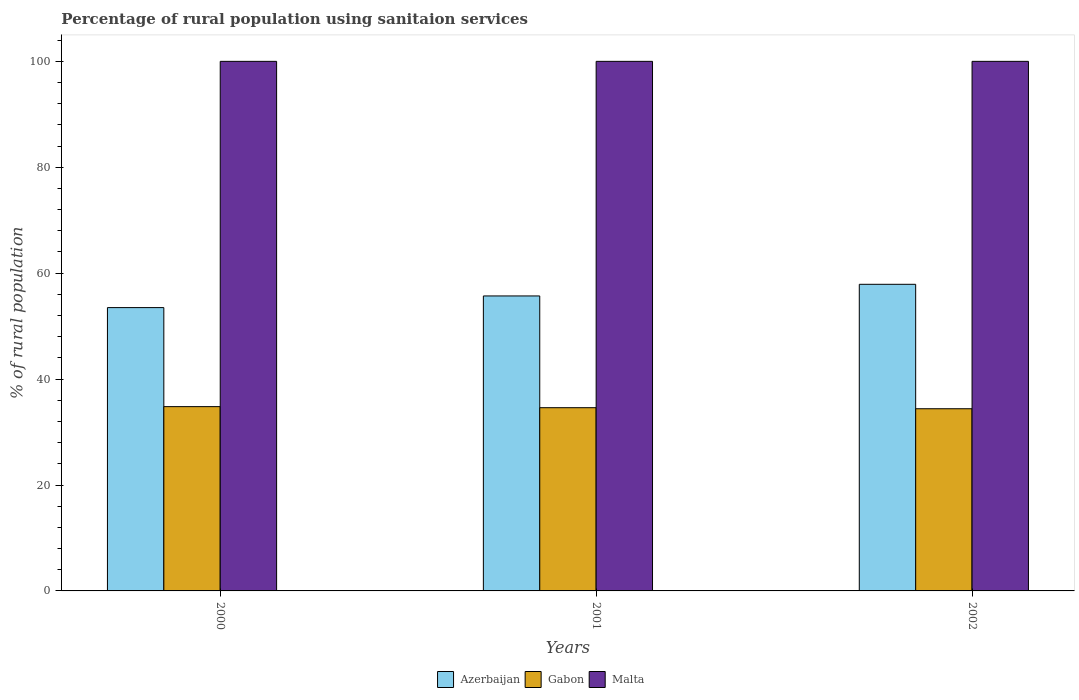
| Years | Azerbaijan | Gabon | Malta |
 | --- | --- | --- | --- |
 | 2000 | 53.5 | 34.8 | 100 |
 | 2001 | 55.7 | 34.6 | 100 |
 | 2002 | 57.9 | 34.4 | 100 |